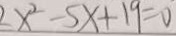
2 x ^ { 2 } - 5 x + 1 9 = 0